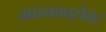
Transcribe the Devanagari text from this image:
ग्राहकाबरोबर